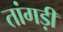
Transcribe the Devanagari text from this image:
तांगड़ी